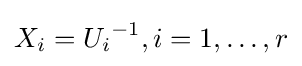
X_{i}={U_{i}}^{-1},i=1,\ldots ,r